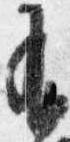
有